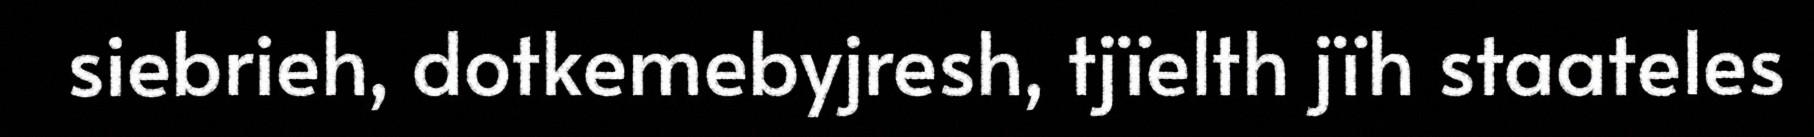
siebrieh, dotkemebyjresh, tjïelth jïh staateles